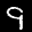
Label: 9